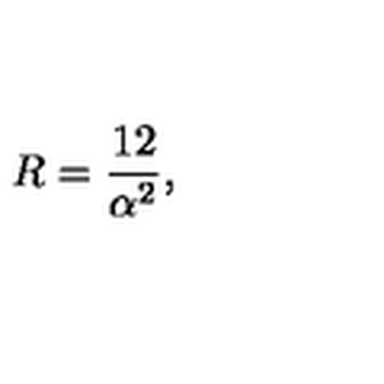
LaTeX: R = \frac { 1 2 } { \alpha ^ { 2 } } ,